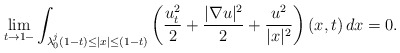
\begin{align*}\lim_{t\to1-}\int_{\lambda_0^j(1-t)\leq |x|\leq (1-t)}\left(\frac{u_t^2}{2}+\frac{|\nabla u|^2}{2}+\frac{u^2}{|x|^2}\right)(x,t)\,dx=0.\end{align*}